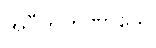
အဝီတတဏှာသေ